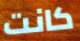
كانت